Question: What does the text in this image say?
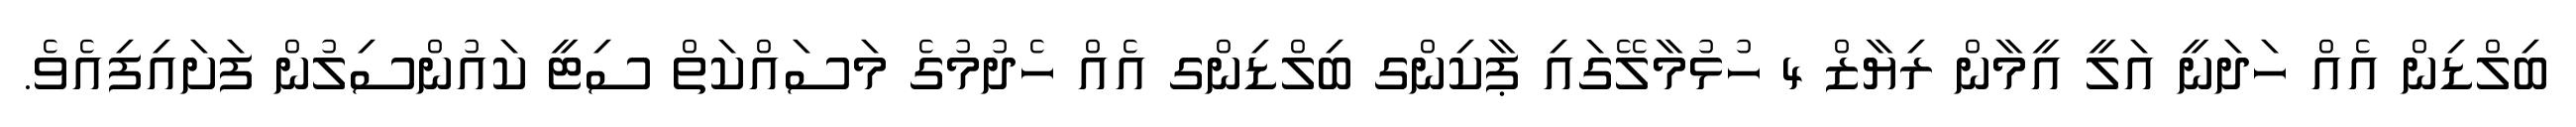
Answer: ބިލްޑިން އެއް ހަދަނީ އަލީ އީމާން ރިޔާޒް 4 ހުޅުމާލޭގައި ޕާކިންގ ބިލްޑިންގ އެއް ހެދުމުގެ މަސައްކަތް ސިޓީ ކައުންސިލުން ފަށައިފިއެވެ.